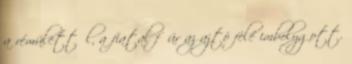
a rémülettől, a fiatal főúr az ajtó felé imbolygott.